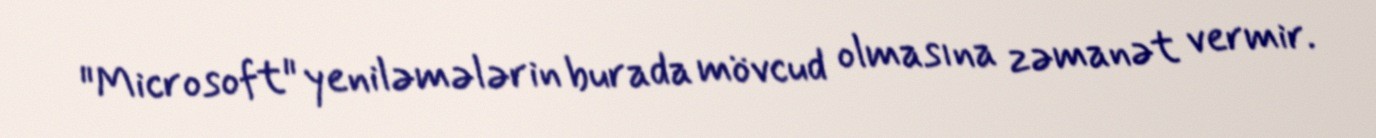
"Microsoft" yeniləmələrin burada mövcud olmasına zəmanət vermir.